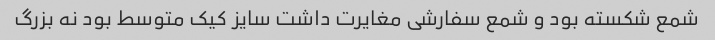
شمع شکسته بود و شمع سفارشی مغایرت داشت سایز کیک متوسط بود نه بزرگ